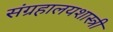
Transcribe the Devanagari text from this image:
संग्रहालयशास्त्री